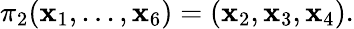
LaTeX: \pi_{2}(\mathbf{x}_{1},...,\mathbf{x}_{6})=(\mathbf{x}_{2},\mathbf{x}_{3},\mathbf{x}_{4}).